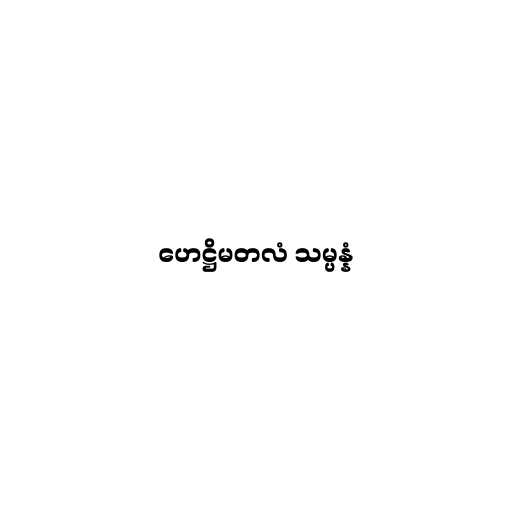
ဟေဋ္ဌိမတလံ သမ္ပန္နံ